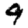
Digit: 9